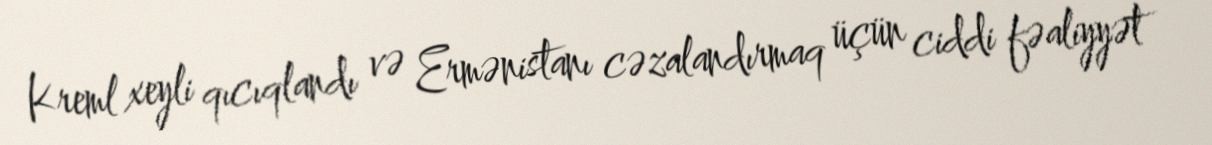
Kreml xeyli qıcıqlandı və Ermənistanı cəzalandırmaq üçün ciddi fəaliyyət